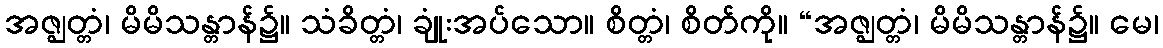
အဇ္ဈတ္တံ၊ မိမိသန္တာန်၌။ သံခိတ္တံ၊ ချုံးအပ်သော။ စိတ္တံ၊ စိတ်ကို။ “အဇ္ဈတ္တံ၊ မိမိသန္တာန်၌။ မေ၊